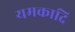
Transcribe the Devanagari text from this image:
यमकादि